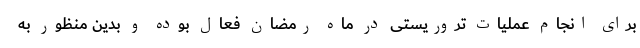
برای انجام عملیات تروریستی در ماه رمضان فعال بوده و بدین منظور به